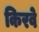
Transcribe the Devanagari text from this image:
किरवे